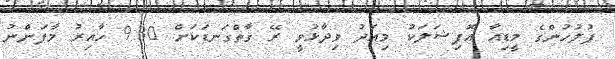
ފުލުހުންގެ މީޑިއާ އޮފިޝަލަކު މިއަދު ވިދާޅުވީ ރޭ ގާތްގަނޑަކަށް 9:30 ހާއިރު މާފަންނު